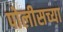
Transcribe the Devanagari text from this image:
पोलीसच्या